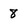
Character: 8